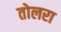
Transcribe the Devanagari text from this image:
तोलरा